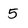
Character: 5